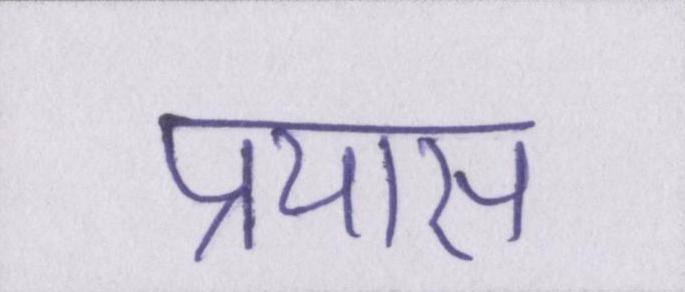
प्रयास